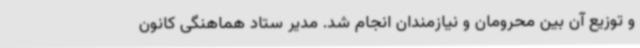
و توزیع آن بین محرومان و نیازمندان انجام شد. مدیر ستاد هماهنگی کانون